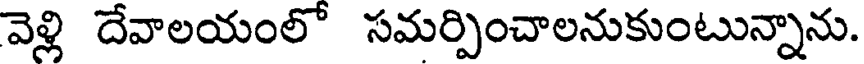
వెళ్లి దేవాలయంలో సమర్పించాలనుకుంటున్నాను.